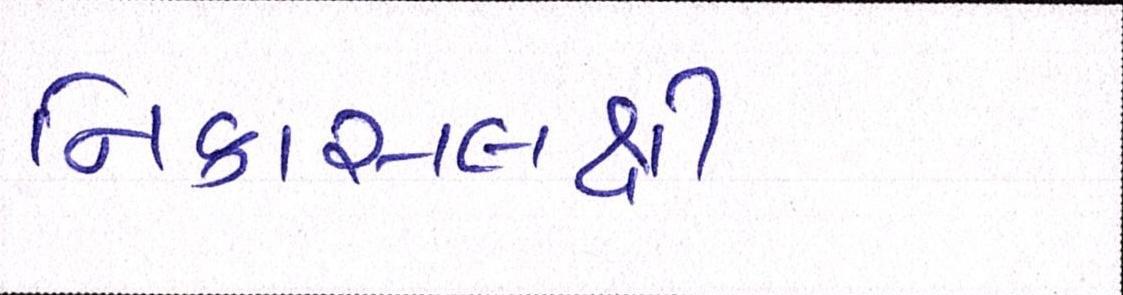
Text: નિકાસલક્ષી